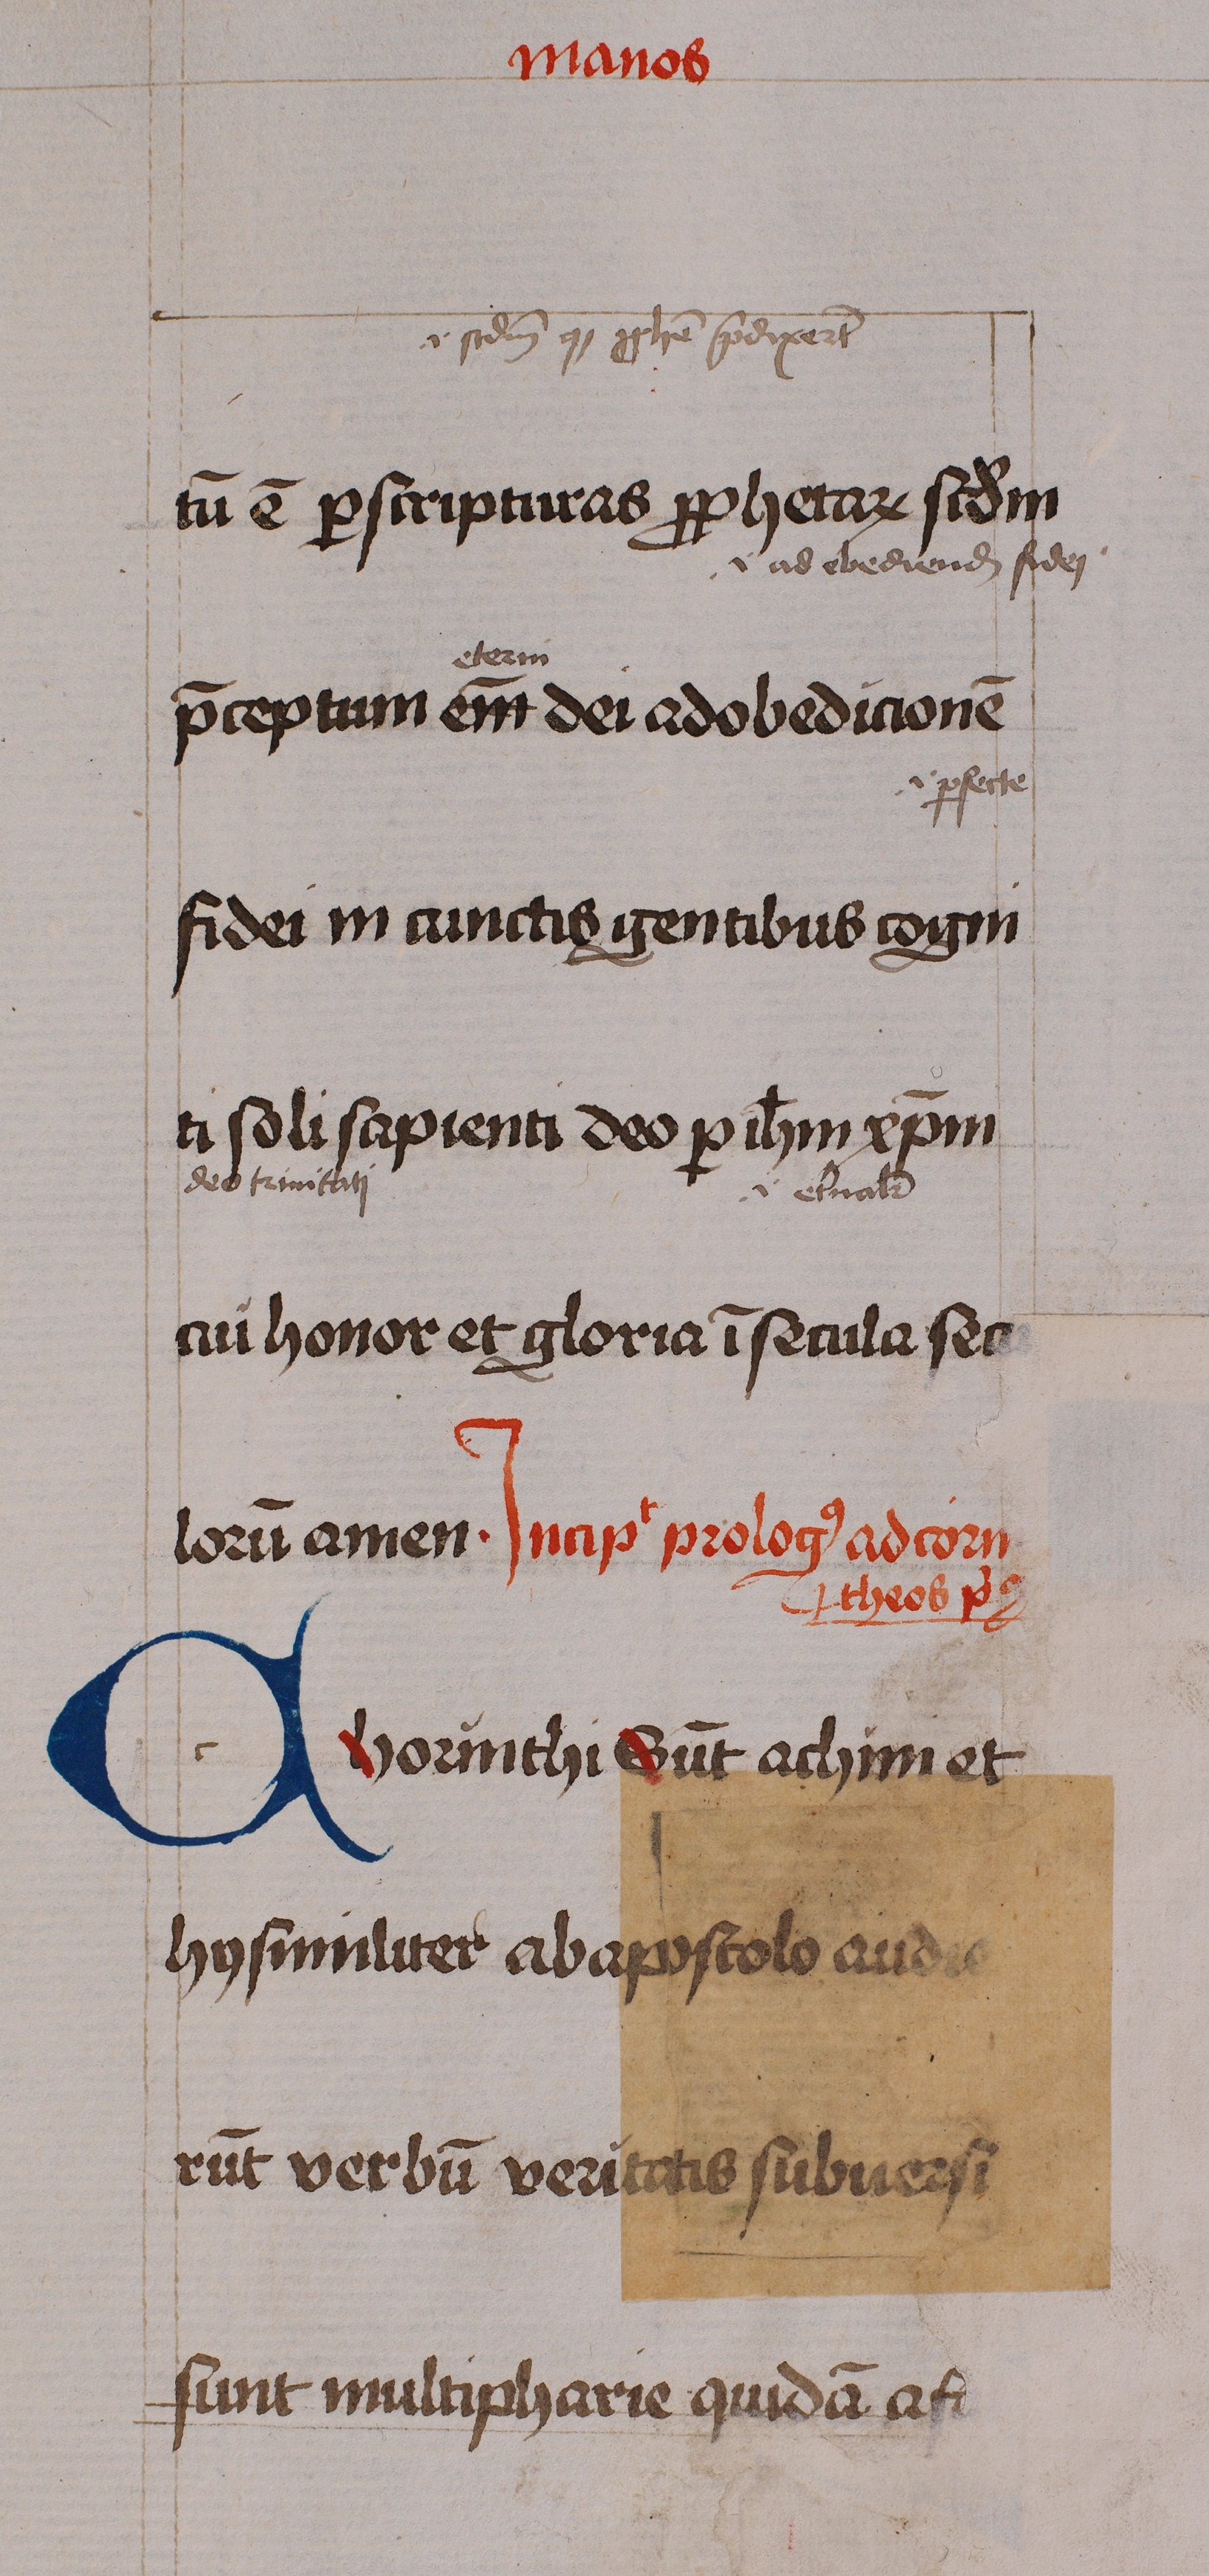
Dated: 1460–1460